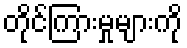
တိုင်ကြားမှုများကို